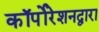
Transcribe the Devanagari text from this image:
कॉर्पोरेशनद्वारा